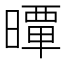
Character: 𣊢